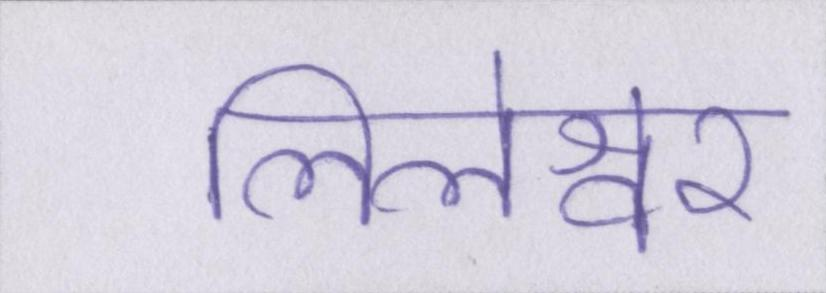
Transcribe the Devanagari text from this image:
लिलेश्वर